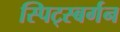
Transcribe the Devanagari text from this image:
स्पिट्स्बर्गन